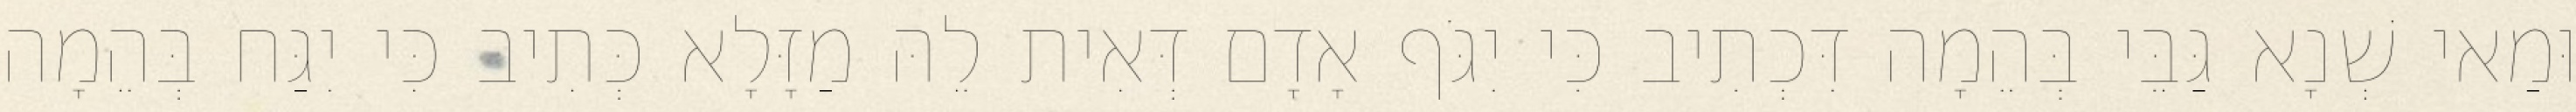
וּמַאי שְׁנָא גַּבֵּי בְּהֵמָה דִּכְתִיב כִּי יִגֹּף אָדָם דְּאִית לֵהּ מַזָּלָא כְּתִיב כִּי יִגַּח בְּהֵמָה